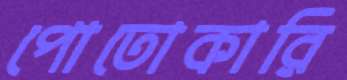
পোতোকারি